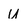
Character: u